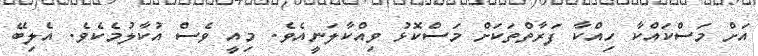
އަށް މަސްކައްކާ ހިއްކާ ފަރާތްތަކަށް މަސްކޮޅު ވިއްކާލަނީއެވެ. މިއީ ވެސް އުކާލުމެކެވެ. އެލިބޭ